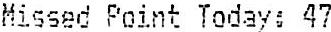
MISSED POINT TODAY: 47